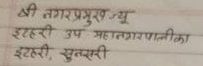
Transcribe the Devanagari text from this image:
श्री नगरप्रमुख ज्यू
इटहरी उप महानगरपालीका
इटहरी, सुनसरी